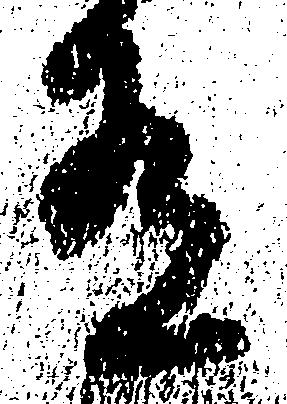
有